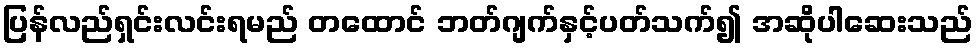
ပြန်လည်ရှင်းလင်းရမည် တထောင် ဘတ်ဂျက်နှင့်ပတ်သက်၍ အဆိုပါဆေးသည်